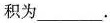
积为___.